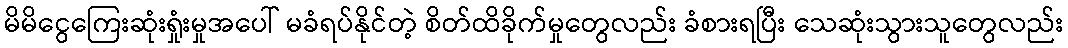
မိမိငွေကြေးဆုံးရှုံးမှုအပေါ် မခံရပ်နိုင်တဲ့ စိတ်ထိခိုက်မှုတွေလည်း ခံစားရပြီး သေဆုံးသွားသူတွေလည်း